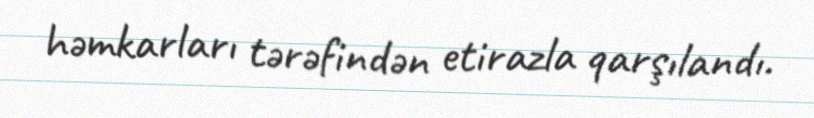
həmkarları tərəfindən etirazla qarşılandı.